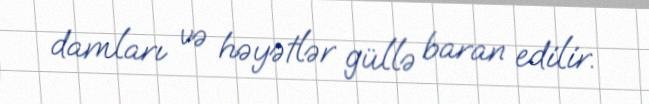
damları və həyətlər güllə baran edilir.